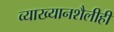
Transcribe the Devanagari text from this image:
व्याख्यानशैलीही